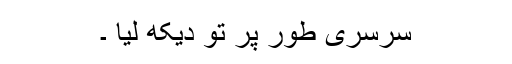
سرسری طور پر تو دیکھ لیا ۔